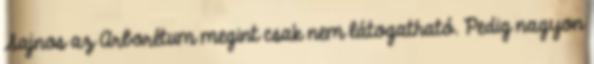
Sajnos az Arborétum megint csak nem látogatható. Pedig nagyon